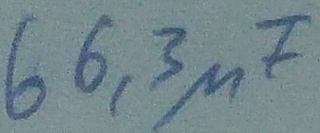
Text: 66,3µF